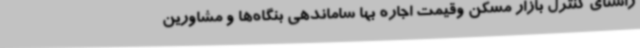
راستای کنترل بازار مسکن وقیمت اجاره بها ساماندهی بنگاه‌ها و مشاورین